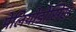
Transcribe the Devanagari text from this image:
मेलियोडोसिस